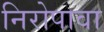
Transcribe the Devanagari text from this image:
निरोपावा